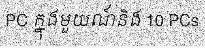
PC ក្នុងមួយណ៍និង 10 PCs